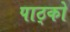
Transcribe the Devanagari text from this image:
पाठ्को